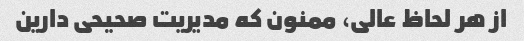
از هر لحاظ عالی، ممنون که مدیریت صحیحی دارین